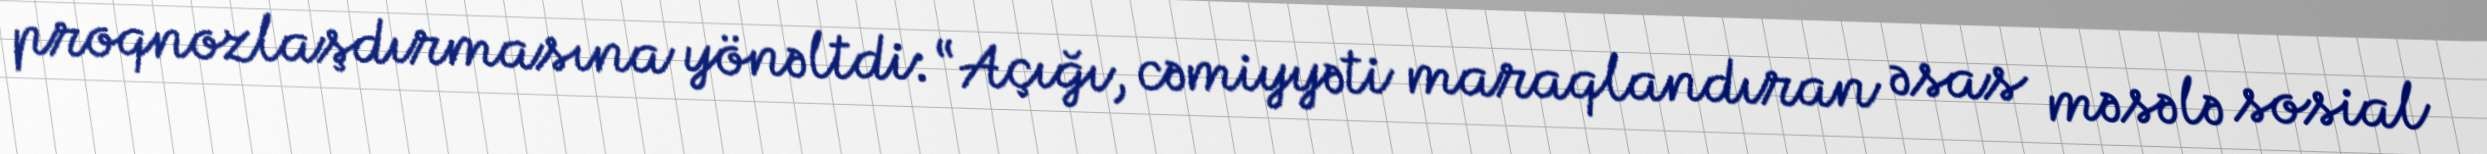
proqnozlaşdırmasına yönəltdi: “Açığı, cəmiyyəti maraqlandıran əsas məsələ sosial